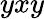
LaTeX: yxy